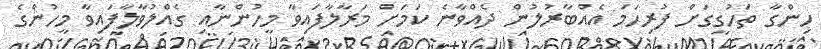
ހިންގާ ތަހުގީގަށް ފުރިހަމަ އެއްބާރުލުން ދެއްވާނެ ކަމަށް މަރާލާފައިވާ މީހުންނާއި ގެއްލުވާލާފައިވާ މީހުންގެ